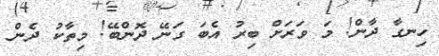
ހިނގާ ދާން! މަ ވަރަށް ބިރު އެބަ ގަނޭ ދޮންބޭ! މިތާކު ދެން